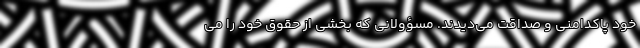
خود پاکدامنی و صداقت می‌دیدند. مسؤولانی که بخشی از حقوق خود را می